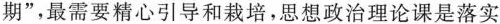
期”，最需要精心引导和栽培，思想政治理论课是落实